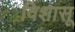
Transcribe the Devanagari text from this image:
विशासू